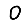
Digit: 0